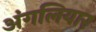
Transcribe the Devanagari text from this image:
अंगलियार